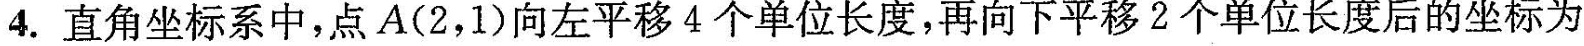
4.直角坐标系中，点A(2，1)向左平移4个单位长度，再向下平移2个单位长度后的坐标为